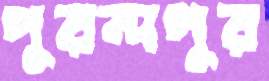
পুরন্দপুর